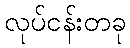
လုပ်ငန်းတခု